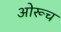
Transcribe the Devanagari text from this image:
ओरूच